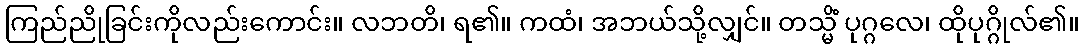
ကြည်ညိုခြင်းကိုလည်းကောင်း။ လဘတိ၊ ရ၏။ ကထံ၊ အဘယ်သို့လျှင်။ တသ္မိံ ပုဂ္ဂလေ၊ ထိုပုဂ္ဂိုလ်၏။